Indian journal of veterinary science and animal husbandry - Volume 10,
Year: 1940
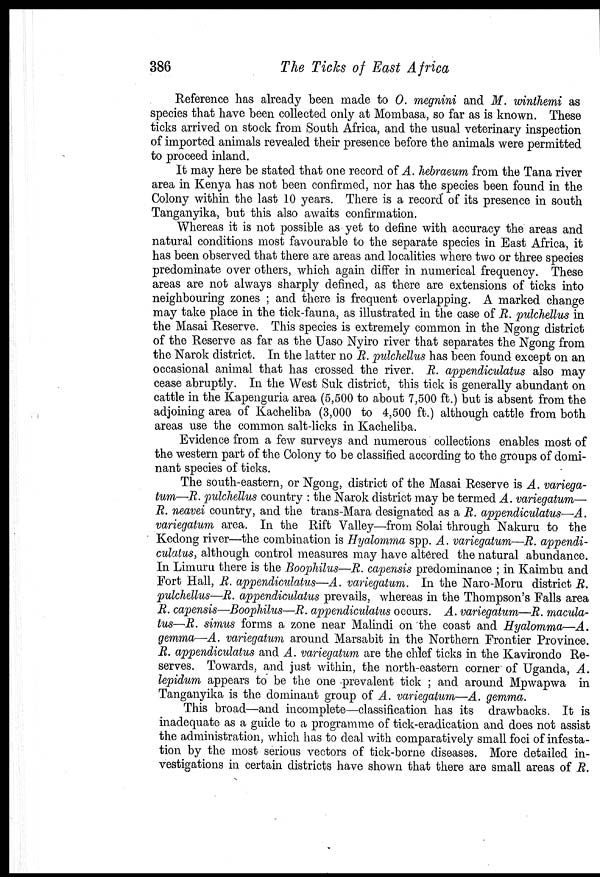
386
The Ticks of East Africa
Reference has already been made to O. megnini and M. winthemi as
species that have been collected only at Mombasa, so far as is known. These
ticks arrived on stock from South Africa, and the usual veterinary inspection
of imported animals revealed their presence before the animals were permitted
to proceed inland.
It may here be stated that one record of A. hebraeum from the Tana river
area in Kenya has not been confirmed, nor has the species been found in the
Colony within the last 10 years. There is a record of its presence in south
Tanganyika, but this also awaits confirmation.
Whereas it is not possible as yet to define with accuracy the areas and
natural conditions most favourable to the separate species in East Africa, it
has been observed that there are areas and localities where two or three species
predominate over others, which again differ in numerical frequency. These
areas are not always sharply defined, as there are extensions of ticks into
neighbouring zones ; and there is frequent overlapping. A marked change
may take place in the tick-fauna, as illustrated in the case of R. pulchellus in
the Masai Reserve. This species is extremely common in the Ngong district
of the Reserve as far as the Uaso Nyiro river that separates the Ngong from
the Narok district. In the latter no R. pulchellus has been found except on an
occasional animal that has crossed the river. R. appendiculatus also may
cease abruptly. In the West Suk district, this tick is generally abundant on
cattle in the Kapenguria area (5,500 to about 7,500 ft.) but is absent from the
adjoining area of Kacheliba (3,000 to 4,500 ft.) although cattle from both
areas use the common salt-licks in Kacheliba.
Evidence from a few surveys and numerous collections enables most of
the western part of the Colony to be classified according to the groups of domi-
nant species of ticks.
The south-eastern, or Ngong, district of the Masai Reserve is A. variega¬
tum—R. pulchellus country : the Narok district may be termed A. variegatum—
R. neavei country, and the trans-Mara designated as a R. appendiculatus—A.
variegatum area. In the Rift Valley—from Solai through Nakuru to the
Kedong river—the combination is Hyalomma spp. A. variegatum—R. appendi-
culatus, although control measures may have altered the natural abundance.
In Limuru there is the Boophilus—R. capensis predominance ; in Kaimbu and
Fort Hall, R. appendiculatus—A. variegatum. In the Naro-Moru district R.
pulchellus—R. appendiculatus prevails, whereas in the Thompson's Falls area
R. capensis—Boophilus—R. appendiculatus occurs. A. variegatum—R. macula¬
tus—R. simus forms a zone near Malindi on the coast and Hyalomma—A.
gemma—A. variegatum around Marsabit in the Northern Frontier Province.
R. appendiculatus and A. variegatum are the chief ticks in the Kavirondo Re-
serves. Towards, and just within, the north-eastern corner of Uganda, A.
lepidum appears to be the one prevalent tick ; and around Mpwapwa in
Tanganyika is the dominant group of A. variegatum—A. gemma.
This broad—and incomplete—classification has its drawbacks. It is
inadequate as a guide to a programme of tick-eradication and does not assist
the administration, which has to deal with comparatively small foci of infesta-
tion by the most serious vectors of tick-borne diseases. More detailed in-
vestigations in certain districts have shown that there are small areas of R.